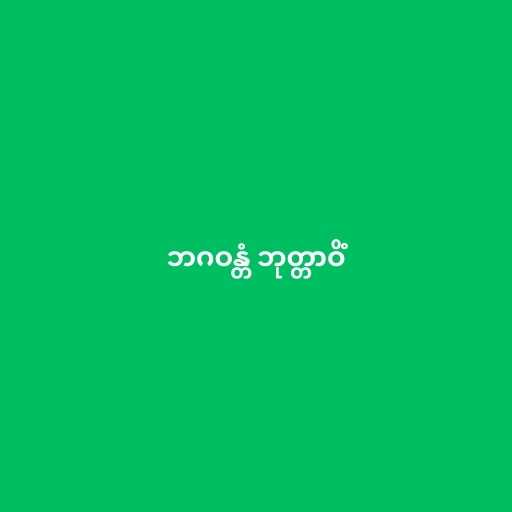
ဘဂဝန္တံ ဘုတ္တာဝိံ